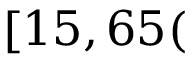
[ 1 5 , 6 5 (